Indian journal of veterinary science and animal husbandry - Volume 5,
Year: 1935
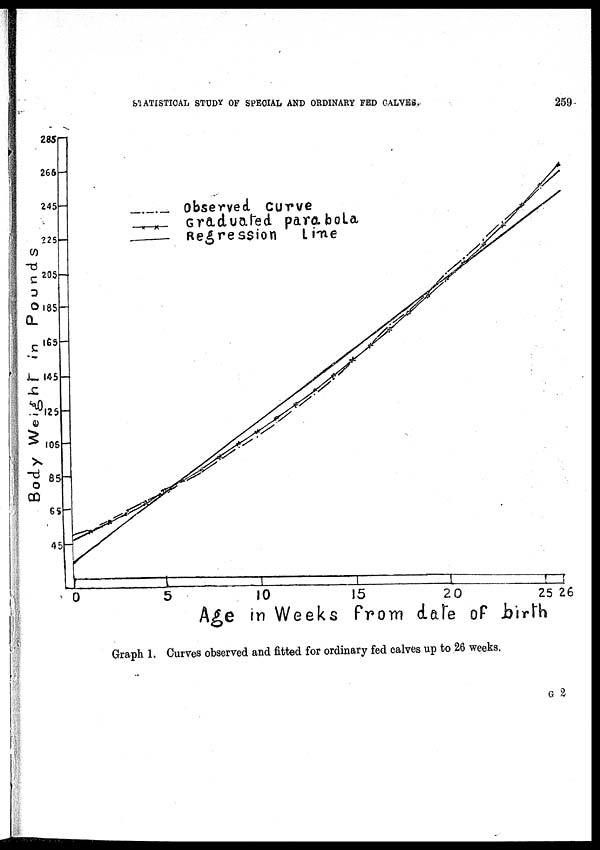
STATISTICAL STUDY OF SPECIAL AND ORDINARY FED CALVES.
259
Graph 1. Curves observed and fitted for ordinary fed calves up to 26 weeks.
G 2